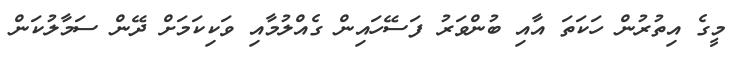
މީގެ އިތުރުން ހަކަތަ އާއި ބުންވަރު ފަސޭހައިން ގެއްލުމާއި ވަކިކަމަށް ދޭން ސަމާލުކަން